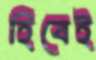
হিবেই